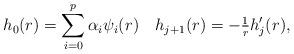
LaTeX: \begin{align*} h_0(r)=\sum_{i=0}^{p} \alpha_i \psi_i(r) \quad h_{j+1}(r) = -\tfrac{1}{r} h_j'(r),\end{align*}